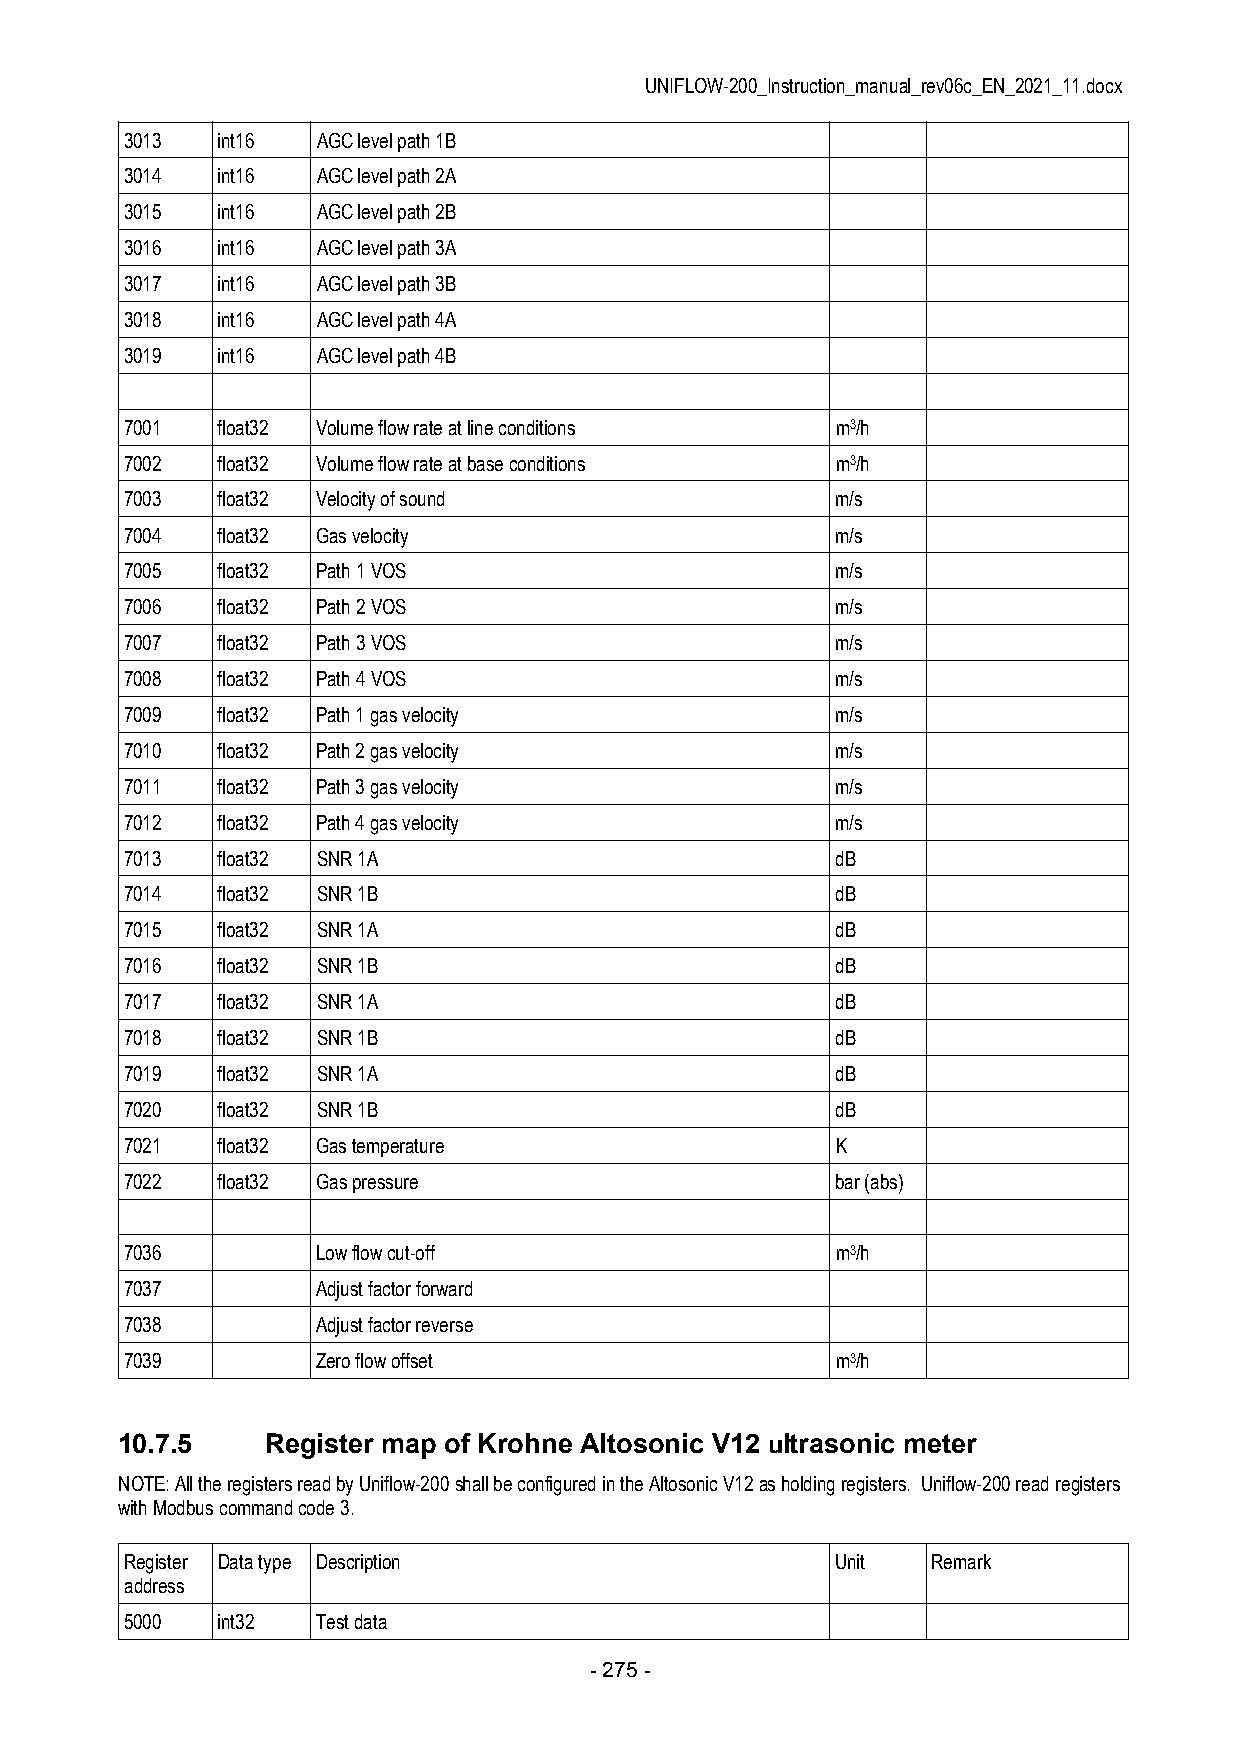
UNIFLOW-200_Instruction_manual_rev06c_EN_2021_11.docx
 3013  int16  AGC level path 1B
 3014  int16  AGC level path 2A
 3015  int16  AGC level path 2B
 3016  int16  AGC level path 3A
 3017  int16  AGC level path 3B
 3018  int16  AGC level path 4A
 3019  int16  AGC level path 4B
 7001  float32 Volume flow rate at line conditions m3/h
 7002  float32 Volume flow rate at base conditions m3/h
 7003  float32 Velocity of sound                m/s
 7004  float32 Gas velocity                     m/s
 7005  float32 Path 1 VOS                       m/s
 7006  float32 Path 2 VOS                       m/s
 7007  float32 Path 3 VOS                       m/s
 7008  float32 Path 4 VOS                       m/s
 7009  float32 Path 1 gas velocity              m/s
 7010  float32 Path 2 gas velocity              m/s
 7011  float32 Path 3 gas velocity              m/s
 7012  float32 Path 4 gas velocity              m/s
 7013  float32 SNR 1A                           dB
 7014  float32 SNR 1B                           dB
 7015  float32 SNR 1A                           dB
 7016  float32 SNR 1B                           dB
 7017  float32 SNR 1A                           dB
 7018  float32 SNR 1B                           dB
 7019  float32 SNR 1A                           dB
 7020  float32 SNR 1B                           dB
 7021  float32 Gas temperature                  K
 7022  float32 Gas pressure                     bar (abs)
 7036         Low flow cut-off                  m3/h
 7037         Adjust factor forward
 7038         Adjust factor reverse
 7039         Zero flow offset                  m3/h
 10.7.5    Register map of Krohne Altosonic V12 ultrasonic meter
 NOTE: All the registers read by Uniflow-200 shall be configured in the Altosonic V12 as holding registers. Uniflow-200 read registers
 with Modbus command code 3.
 Register Data type Description                 Unit   Remark
 address
 5000  int32  Test data
 - 275 -